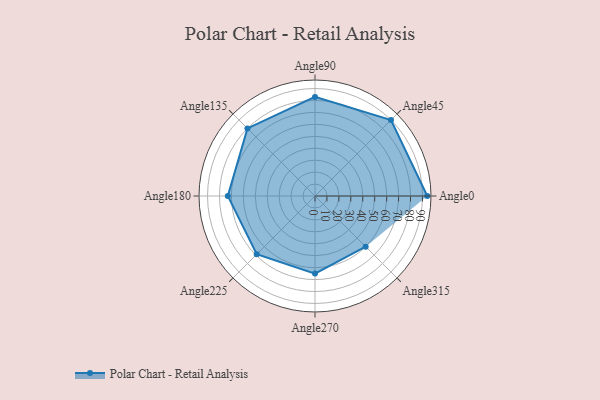
{"axis": {"x": "Angle", "y": "Radius"}, "legend": [""], "data": [{"x": "Angle0", "y": 94.0, "type": ""}, {"x": "Angle45", "y": 90.0, "type": ""}, {"x": "Angle90", "y": 83.0, "type": ""}, {"x": "Angle135", "y": 80.0, "type": ""}, {"x": "Angle180", "y": 73.0, "type": ""}, {"x": "Angle225", "y": 69.0, "type": ""}, {"x": "Angle270", "y": 65.0, "type": ""}, {"x": "Angle315", "y": 60.0, "type": ""}]}